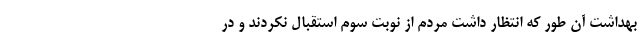
بهداشت آن طور که انتظار داشت مردم از نوبت سوم استقبال نکردند و در